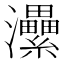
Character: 㶟